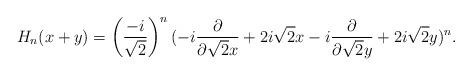
LaTeX: \begin{align*}H_n(x+y)=\left(\frac{-i}{\sqrt{2}}\right)^n(-i\frac{\partial}{\partial\sqrt{2}x}+2i\sqrt{2}x-i\frac{\partial}{\partial \sqrt{2}y}+2i\sqrt{2}y)^{n}.\end{align*}